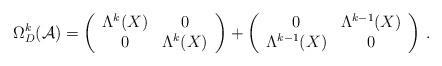
LaTeX: \begin{align*}\Omega_{D}^{k}({\cal A})=\left(\begin{array}{cc}\Lambda^{k}(X) & 0 \\ 0 & \Lambda^{k}(X)\end{array}\right)+\left(\begin{array}{cc}0 & \Lambda^{k-1}(X) \\ \Lambda^{k-1}(X) & 0\end{array}\right)\, .\end{align*}